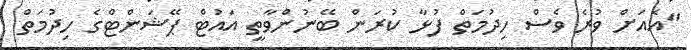
"އެއަށް ވުރެ ވެސް ހިދުމަތް ފުޅާ ކުރަން ބޭނުންވާތީ އައުޓް ޕޭޝަންޓްގެ ހިދުމަތް